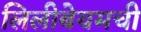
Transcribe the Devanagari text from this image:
लिलीबेयमची